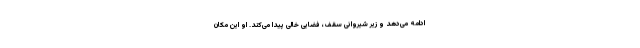
ادامه می‌دهد و زیر شیروانی سقف، فضایی خالی پیدا می‌کند. او این‌ مکان